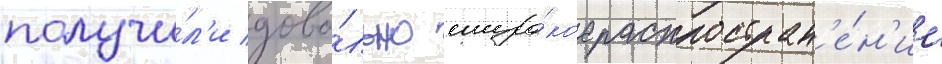
получи́л'и дово́льно широ́кое распростран'е́н'ие